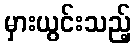
မှားယွင်းသည့်